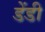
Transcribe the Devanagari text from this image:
डेंडी